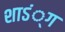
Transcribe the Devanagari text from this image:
शाऽं्ग